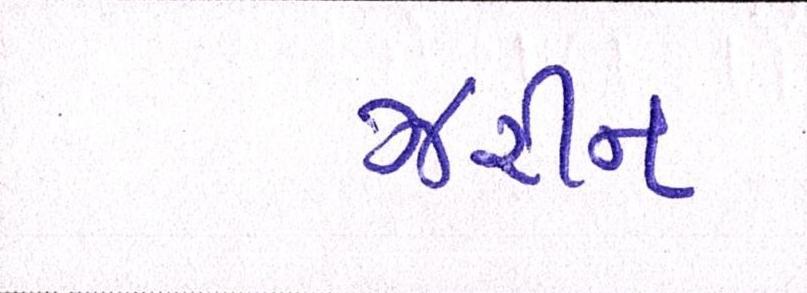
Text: ઝરીન